Bréfritari: Ásgeir Tryggvi Friðgeirsson
Viðtakandi: Einar Friðgeirsson
Dagsetning: A-1886-06-12
Skrifað á: Húsavík  S-Þing.
Ásgeir er bróðir Einars

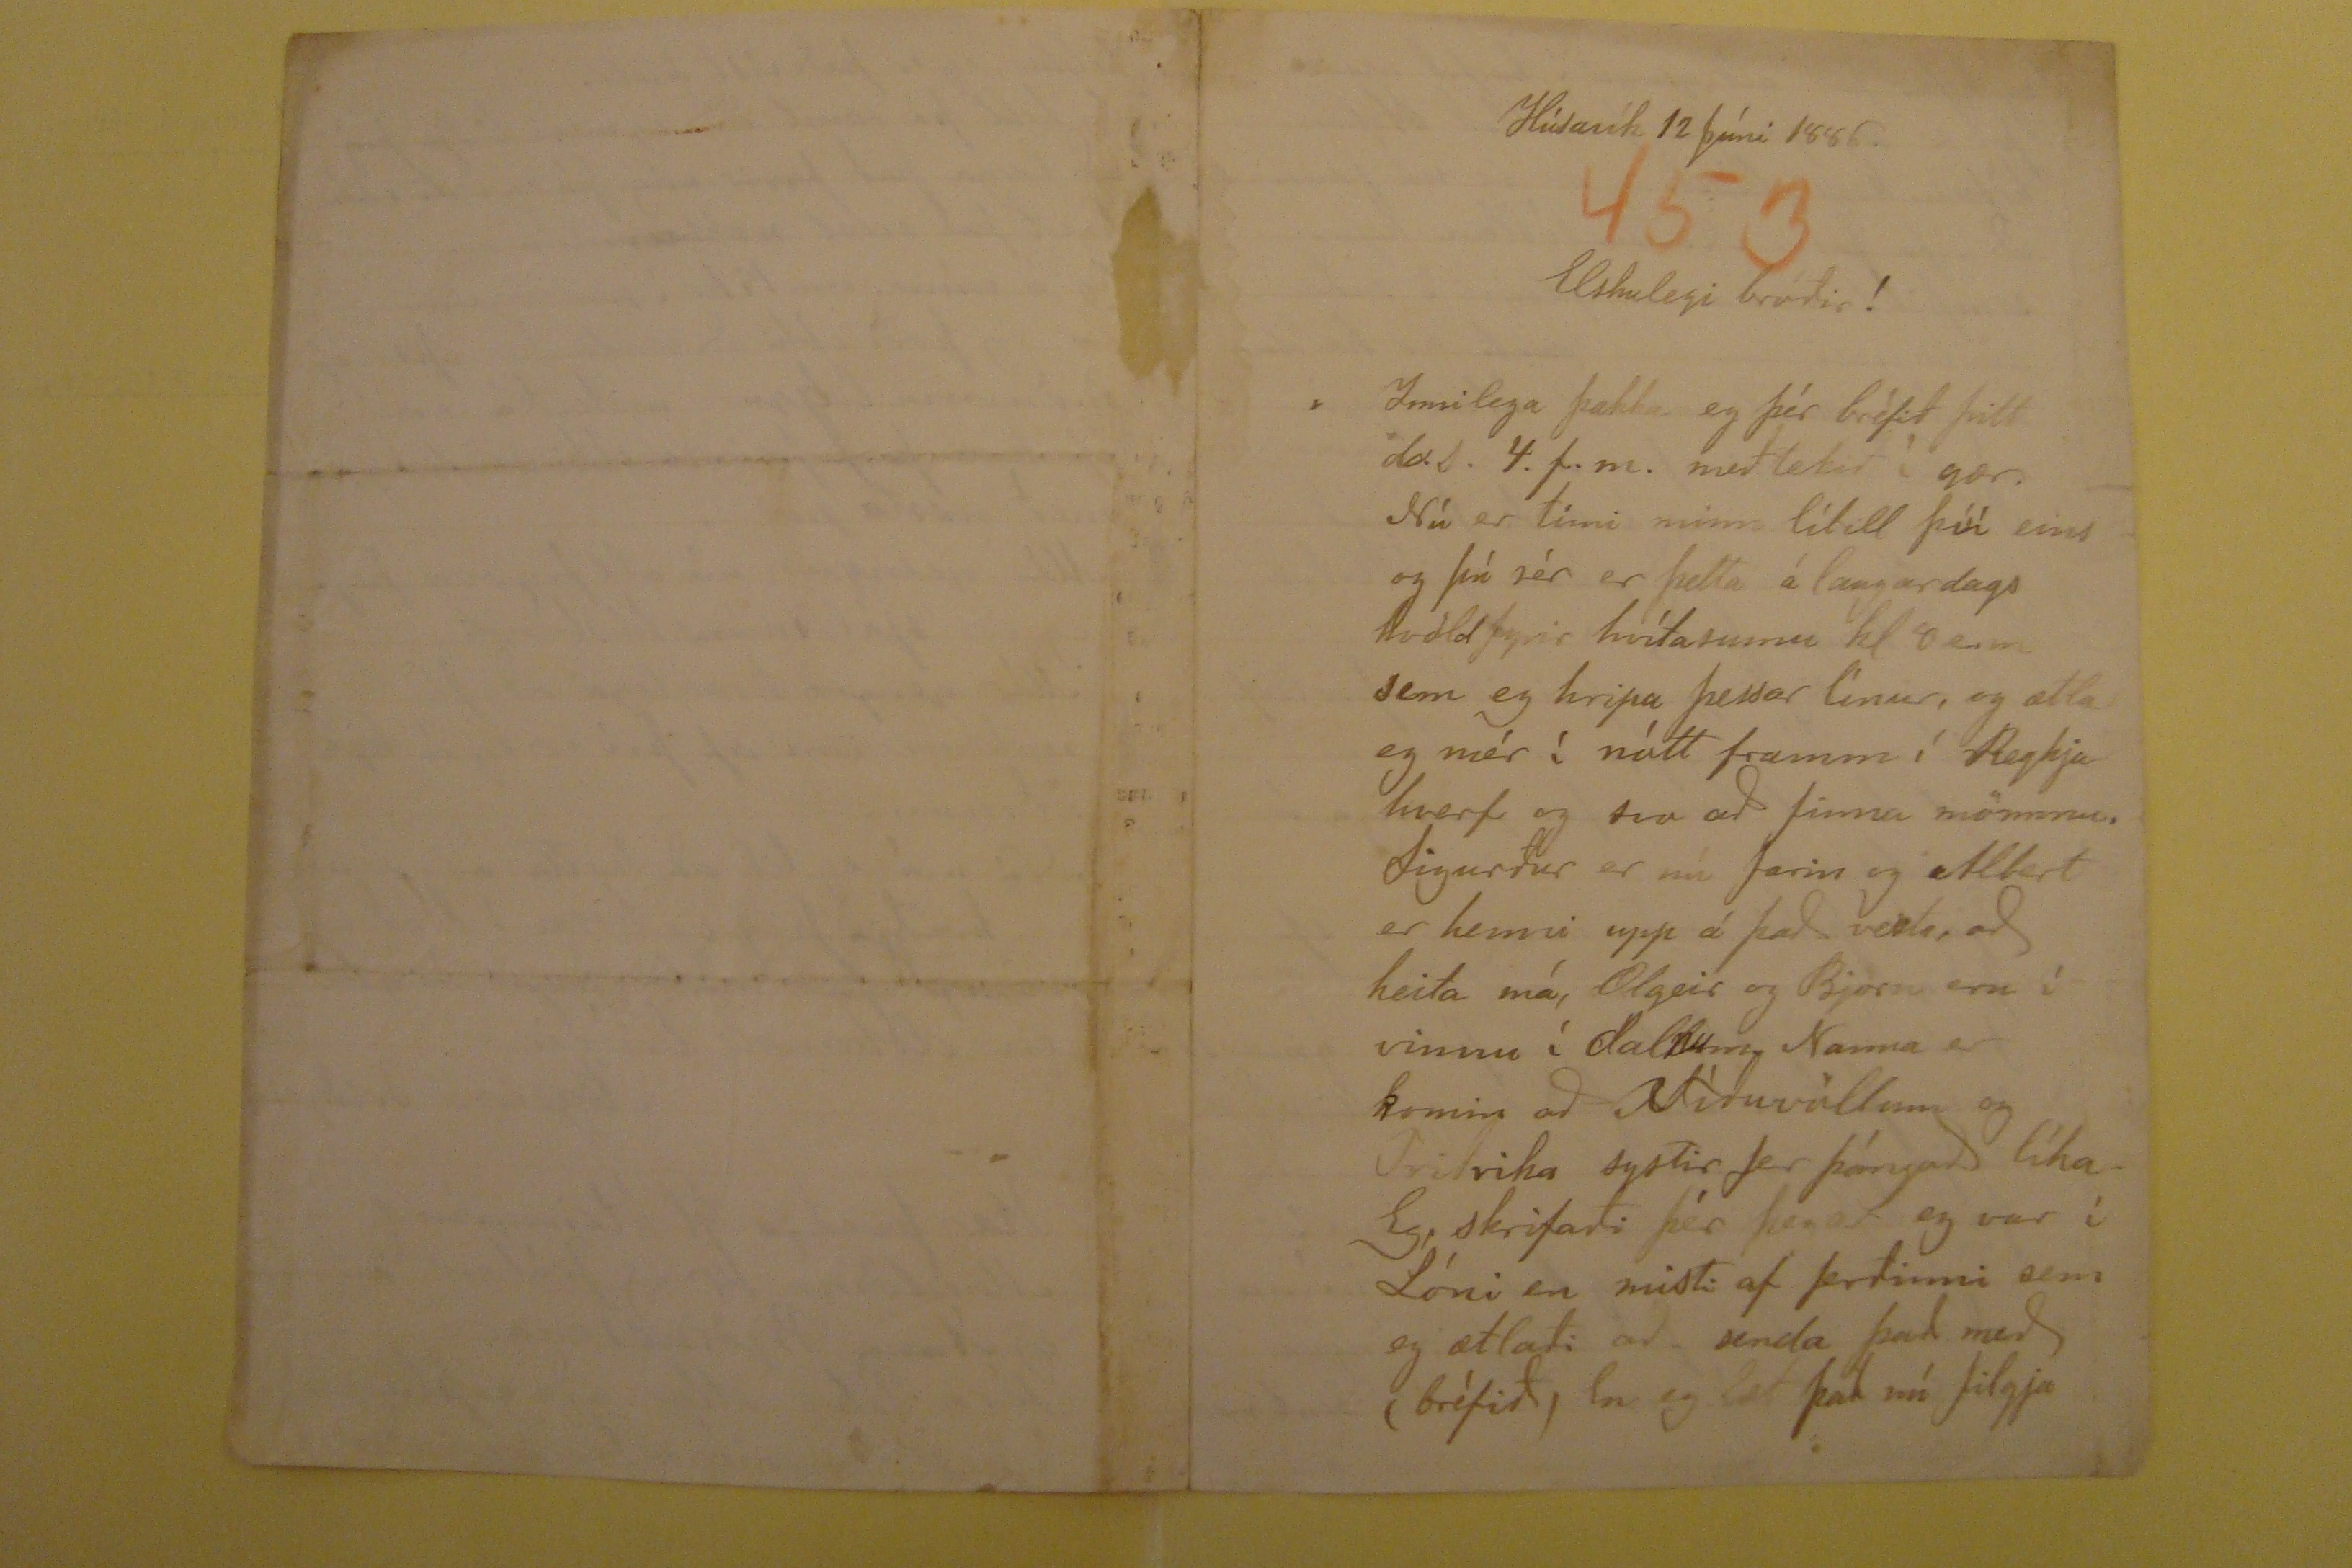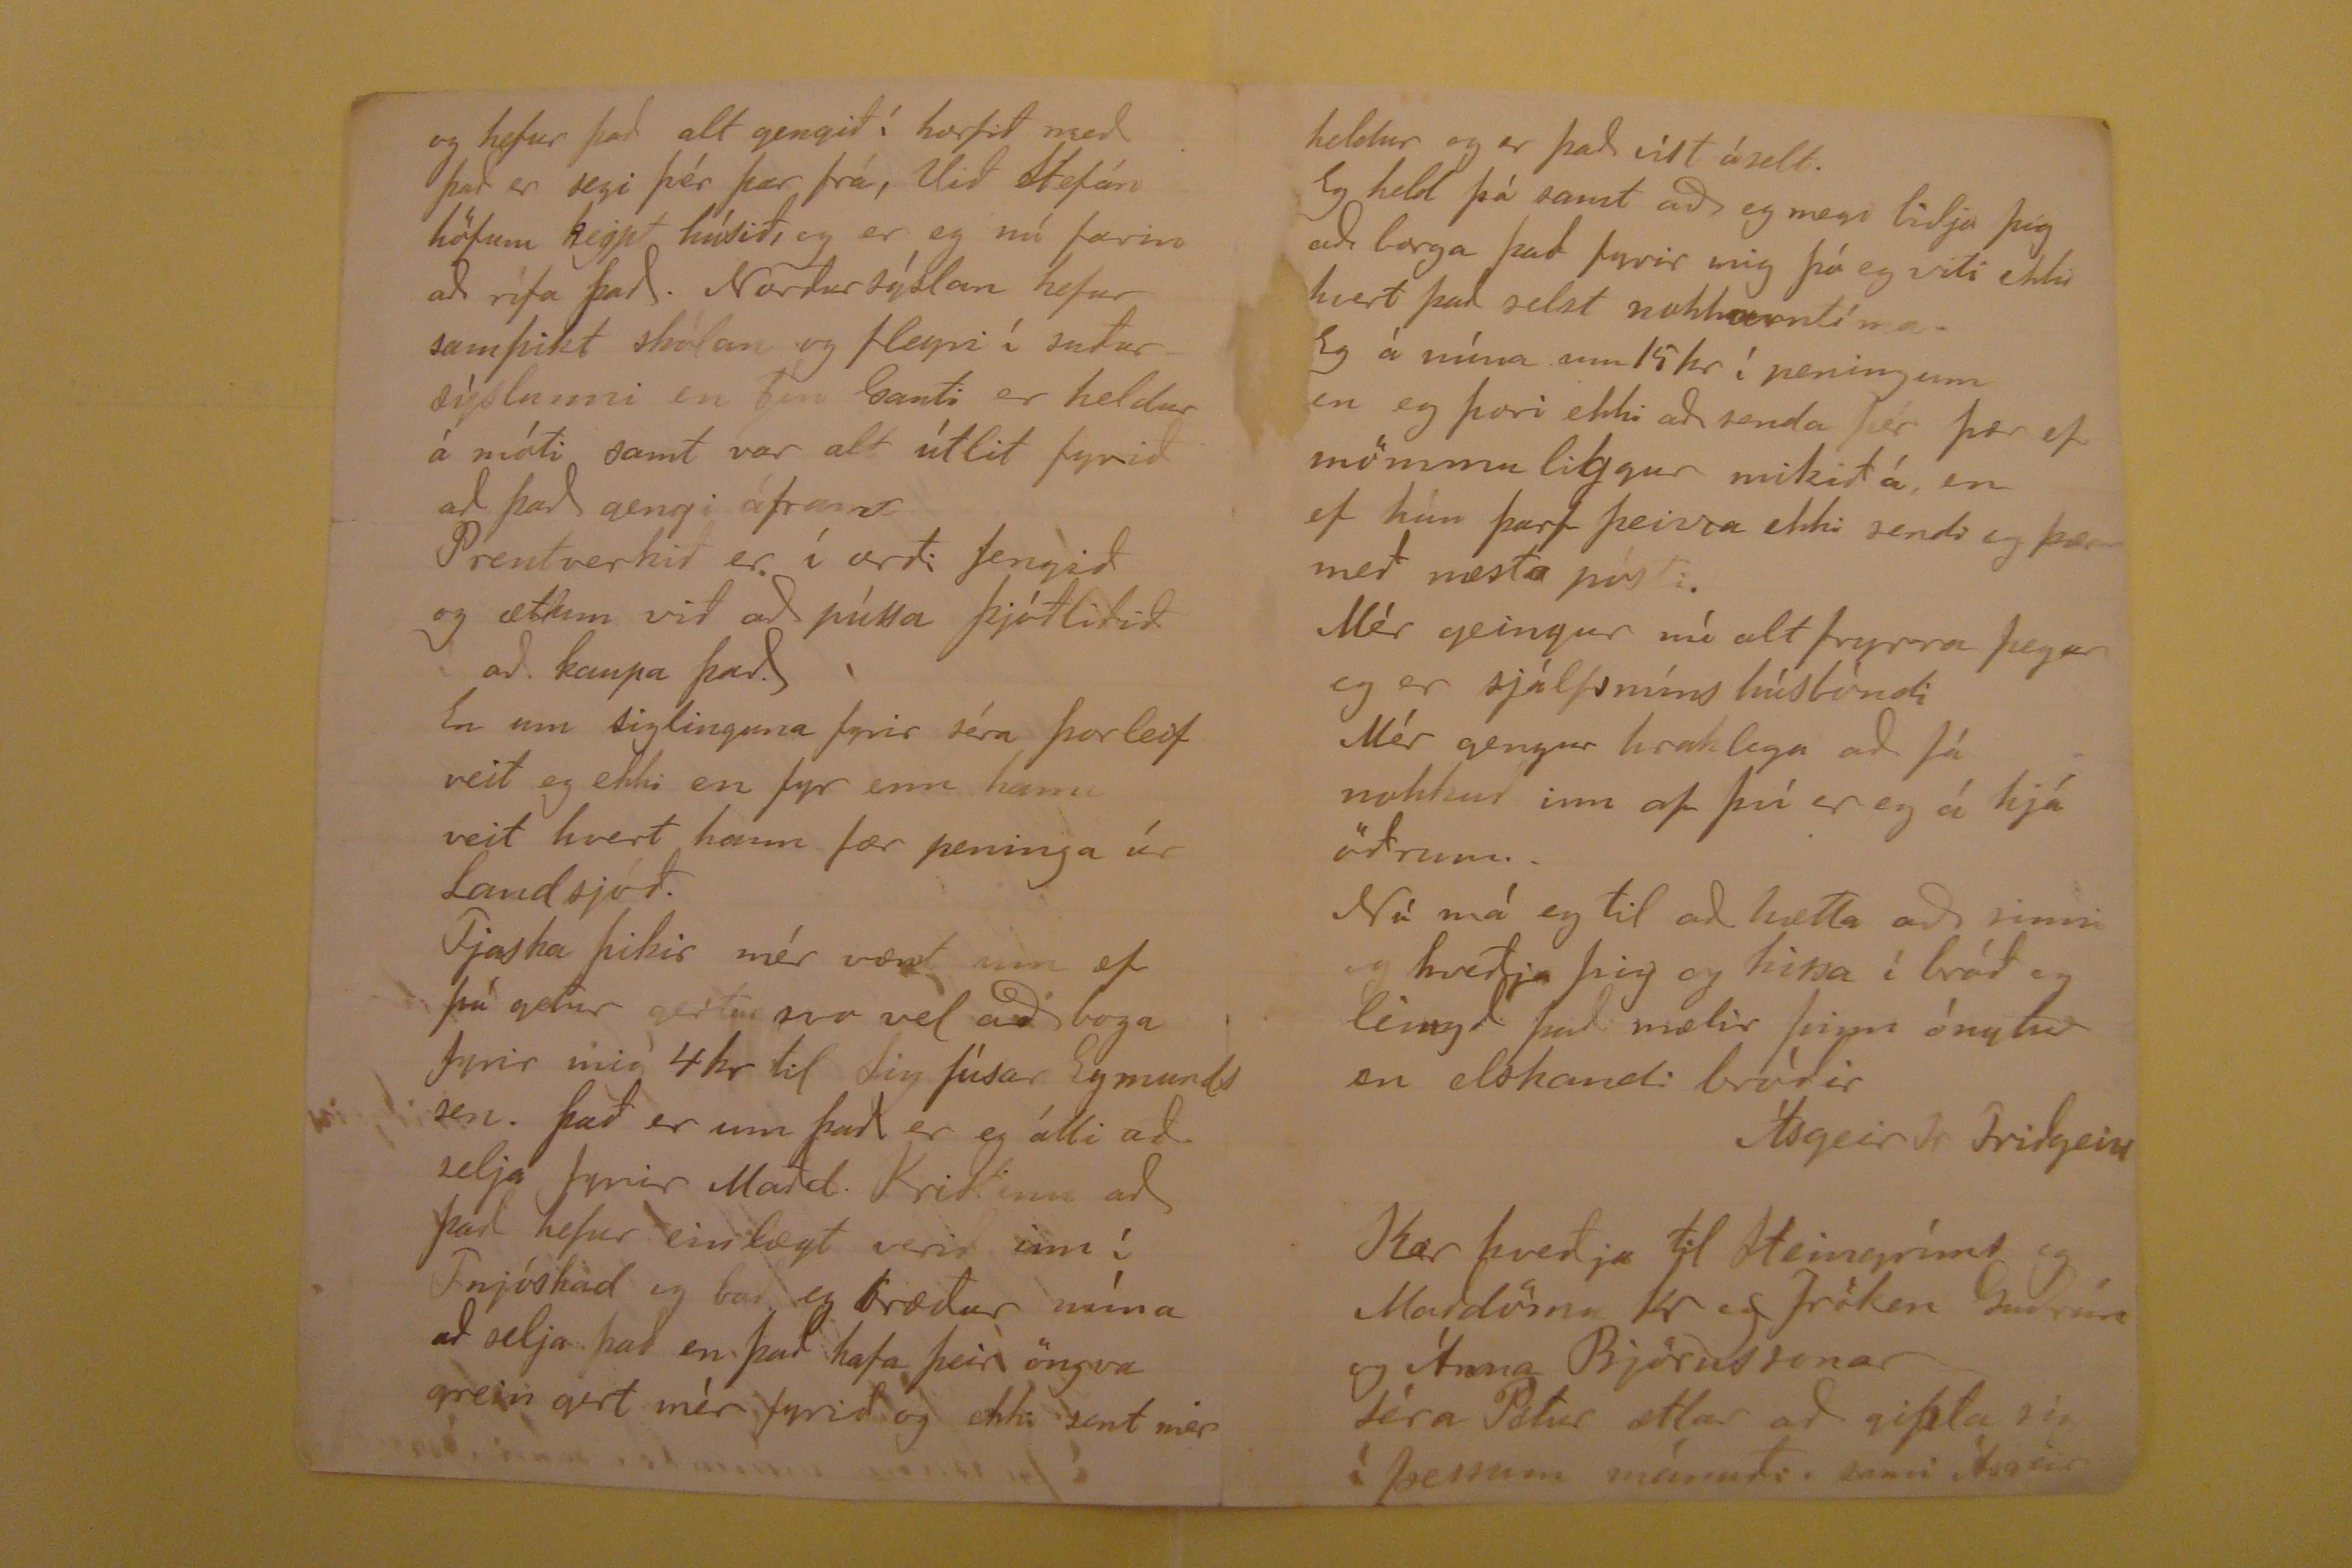

Húsavík 12 Júni 1886.
Elskulegi bróðir!
Innilega þakka eg þér bréfið þitt
da.s.
4.f.m. meðtekið í gær. Nú er tími minn lítill því eins og þú sér er þetta á laugardags kvösld fyrir
hvítasunnu kl 8 enn sem eg hripa þessar línur, og ætla eg mér í nótt framm í Reykjahverf og svo að finna mömmu. Sigurður er nú farin og Albert er henni upp á það
vesta
, að heita má, Olgeir og Björn eru í vinnu í
dalnum,
Nanna er komin að Víðuvöllum og Friðrika systir fer þángað líka
Eg, skrifaði þér þegar eg var í Lóni en misti af ferðinni sem eg ætlaði að senda það með (bréfið) En eg læt það nú filgja
og hefur það alt gengið í horfið með það er segi þér þar frá, Við Stefán höfum keypt húsið, og er eg nú farin að rífa það. Norður sýslan hefur samþikt skólan
og fleyri í suðursýslunni en
bín Ganti
er heldur á móti samt var alt útlit fyrið að það gengi áfram Prentverkið er í orði fengið og ætum við að
pússa þjóðlifið í að kaupa það. En um siglinguna fyrir séra Þorleif veit eg ekki en fyr enn hann veit hvert hann fær peninga úr Landsjóð. Fjaska þikir mér vænt um ef
þú getur gertur svo vel að boga fyrir mig 4 kr til Sig fúsar Eymundssen. Það er um það er eg átti að selja fyrir
Mart
. Kristinn að það hefur
einlægt verið inn í Fnjóskad og bað eg bræður mína að selja það en það hafa þeir öngva grein gert mér fyrið og ekki sent mer
heldur og er það víst óselt. Eg held þá samt að eg megi biðja þig að borga það fyrir mig þá eg viti ekki hvert það selst nokkurntíma. Eg á núna um 15 kr í peningum
en eg þori ekki að senda þér þær ef mömmu liggur mikið á, en ef hún þarf þeirra ekki sendi eg þær með næsta pósti. Mér geingur nú alt fryrra þegar eg er sjálfsmíns
húsbóndi Mér gengur hraklega að fá nokkuð inn af því er eg á hjá öðrum. Nú má eg til að hætta að sinni og kveðja þig og kissa í bráð og
léngð
það mælir þinn ónytur en elskandi bróðir
Ásgeir Tr Freiðgeirss
Kær kveðja til Steingríms og Maddömu
Kr
og fröken Guðrún og Árna BJörnssonar Séra Pétur ætlar að gipta sig í þessum mánuði. sami Ásgeir